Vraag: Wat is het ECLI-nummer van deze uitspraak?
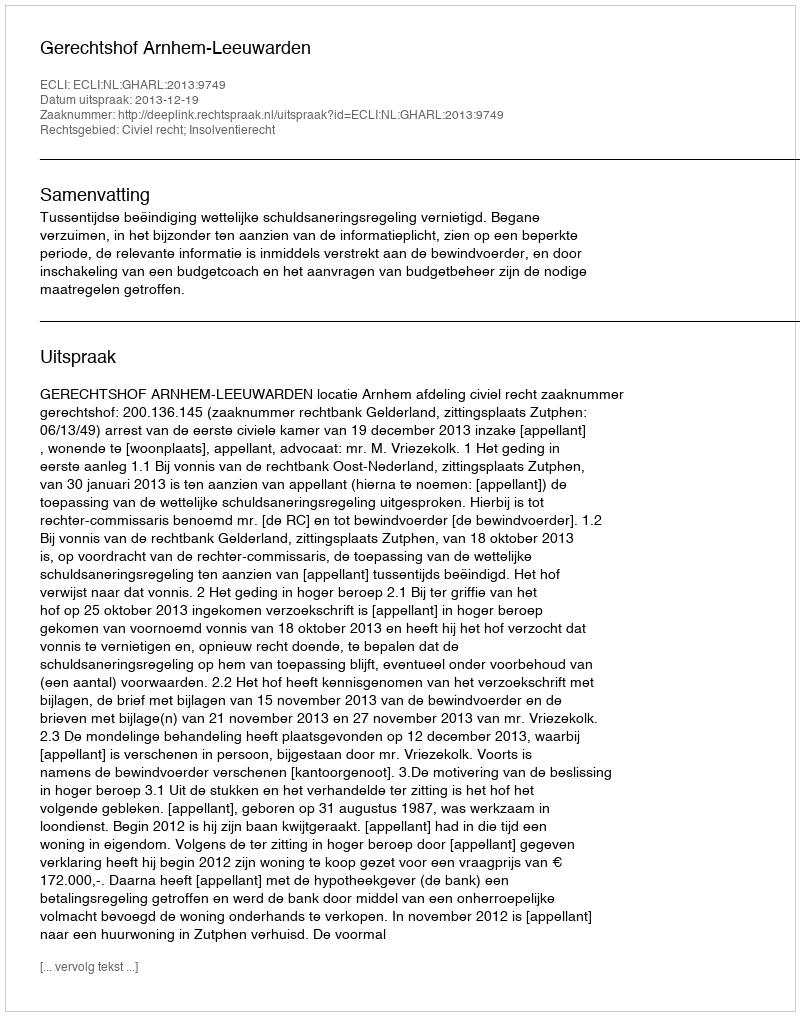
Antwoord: ECLI:NL:GHARL:2013:9749